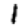
Digit: 1